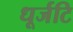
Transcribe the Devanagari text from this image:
धूर्जटि